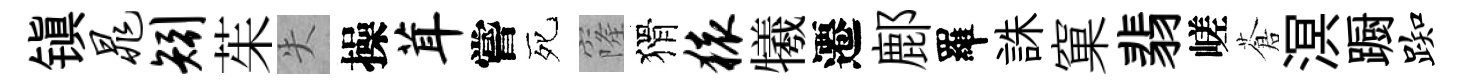
镇晁矧茱失操茸嘗死窿猾猿犧遷鄜羅誅窠翡嵯蒼溟蹰踟